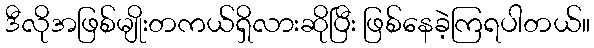
ဒီလိုအဖြစ်မျိုးတကယ်ရှိလားဆိုပြီး ဖြစ်နေခဲ့ကြရပါတယ်။